King Institute of Preventive Medicine Micro-Biological Section reports 1912-19
Year: 1912
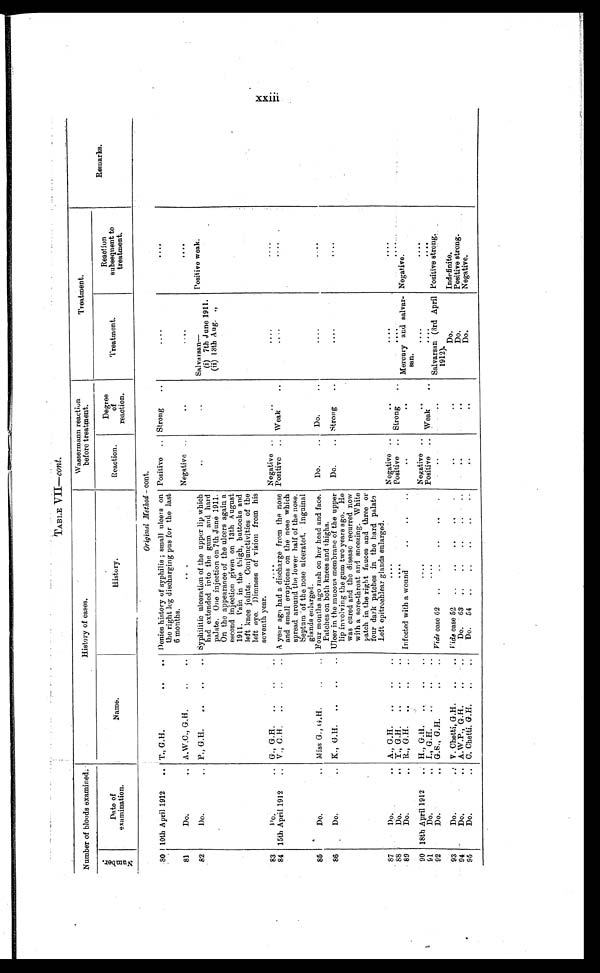
TABLE VII—cont.
Number of bloods examined.
History of cases.
Wassermann reaction
before treatment.
T r e a t m e n t .
Remarks.
N u m b e r .
Date of
examination.
Name.
History.
Reaction.
Degree
of
reaction.
Treatment.
Reaction
subsequent to
treatment.
Original Method - cont.
80 10th April 1912 . . . T., G.H. . . . Denies history of syphilis ; small ulcers on
the right leg discharging pus for the last
6 months.
Positive . . . Strong . . .
. . .
. . .
81
Do. . . . A.W.C., G.H. . . .
. . .
Negative . . .
. . .
. . .
. . .
82
Do. . . . P., G.H. . . . Syphilitic ulceration of the upper lip whic
had extended into the gum and hard
palate. One injection on 7th June 1911.
On the appearance of the ulcers again a
second injection given on 13th August
1911. Pain in the thigh, buttocks and
left knee joints. Conjunctivities of the
left eye. Dimness of vision from his
seventh year.
. . .
. . .
Salvarsan
—
(i) 7th June 1911.
(ii) 13th Aug. „
Positive weak.
83
D o . . . . G., G. H. . . .
. . .
Negative . . .
. . .
. . .
. . .
84 15th April 1912 . . . V., G.H. . . . A year ago had a discharge from the nose
and small eruptions on the nose which
spread around the lower half of the nose.
Septum of the nose ulcerated. Inguinal
glands enlarged.
Positive . . . Weak . . .
. . .
. . .
85
Do. . . . Miss G., G.H. . . . Four months ago rash on her head and face.
Patches on both knees and thighs.
Do. . . .
Do. . . .
. . .
. . .
86
Do. . . . K., G.H. . . . Ulcer in the mucous membrane of the upper
lip involving the gum two years ago. He
was cured and the disease recurred now
with a sore-throat and sneezing. White
patch in the right fauces and three or
four dark patches in the hard palate
Left epitrochlear glands enlarged.
Do. . . . Strong . . .
. . .
. . .
87
1 ) o . . . .
A., G. H. . . .
. . .
Negative . . .
. . .
. . .
88
. D o . . . .
Y., G. H. . . .
. . .
Po s i t i v e . . .
S t r o n g . . .
. . .
. . .
89
Do. . . .
R . , G . H . . . .
Infected with a wound . . .
. . .
. . .
Mercury and salvar-
san.
Negative.
90 18th April 1912 . . . H., G.H. . . .
. . . Negative . . .
. . .
. . .
. . .
91
Do. . . . I., G. H. . . .
. . .
Positive . . . Weak . . .
. . .
. . .
92
Do. . . . G.S., G.H. . . . Vide case 62 . . .
. . .
. . .
Salvarsan (3rd April
1912).
Positive strong.
93
Do. . . . V. Chetti, G.H. . . . vide case 52 . . .
. . .
. . .
Do.
Indefinite.
94
Do. . . . A.W.P., G.H. . . .
Do. 63 . . .
. . .
. . .
Do.
Positive strong.
95
Do. . . . C. Chetti, G.H. . . .
Do. 54 . . .
. . .
. . .
Do.
Negative.
x x i i i